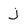
Character: j